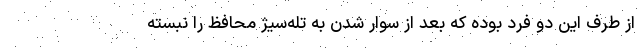
از طرف این دو فرد بوده که بعد از سوار شدن به تله‌سیژ محافظ را نبسته